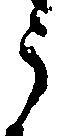
う